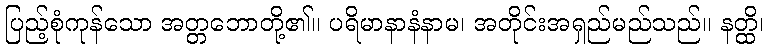
ပြည့်စုံကုန်သော အတ္တဘောတို့၏။ ပရိမာနာနံနာမ၊ အတိုင်းအရှည်မည်သည်။ နတ္ထိ၊